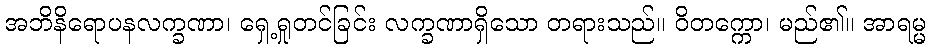
အဘိနိရောပနလက္ခဏာ၊ ရှေ့ရှုတင်ခြင်း လက္ခဏာရှိသော တရားသည်။ ဝိတက္ကော၊ မည်၏။ အာရမ္မ